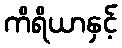
ကိရိယာနှင့်